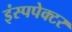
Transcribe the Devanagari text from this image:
इंस्पपेक्टर